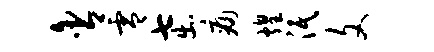
含零七出痛煌泯文